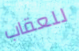
للعقاب